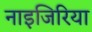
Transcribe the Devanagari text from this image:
नाइजिरिया